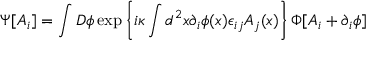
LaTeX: \Psi [ A _ { i } ] = \int D \phi \exp \left\{ i \kappa \int d ^ { 2 } x \partial _ { i } \phi ( x ) \epsilon _ { i j } A _ { j } ( x ) \right\} \Phi [ A _ { i } + \partial _ { i } \phi ]